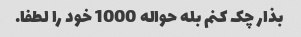
بذار چک کنم بله حواله 1000 خود را لطفا.